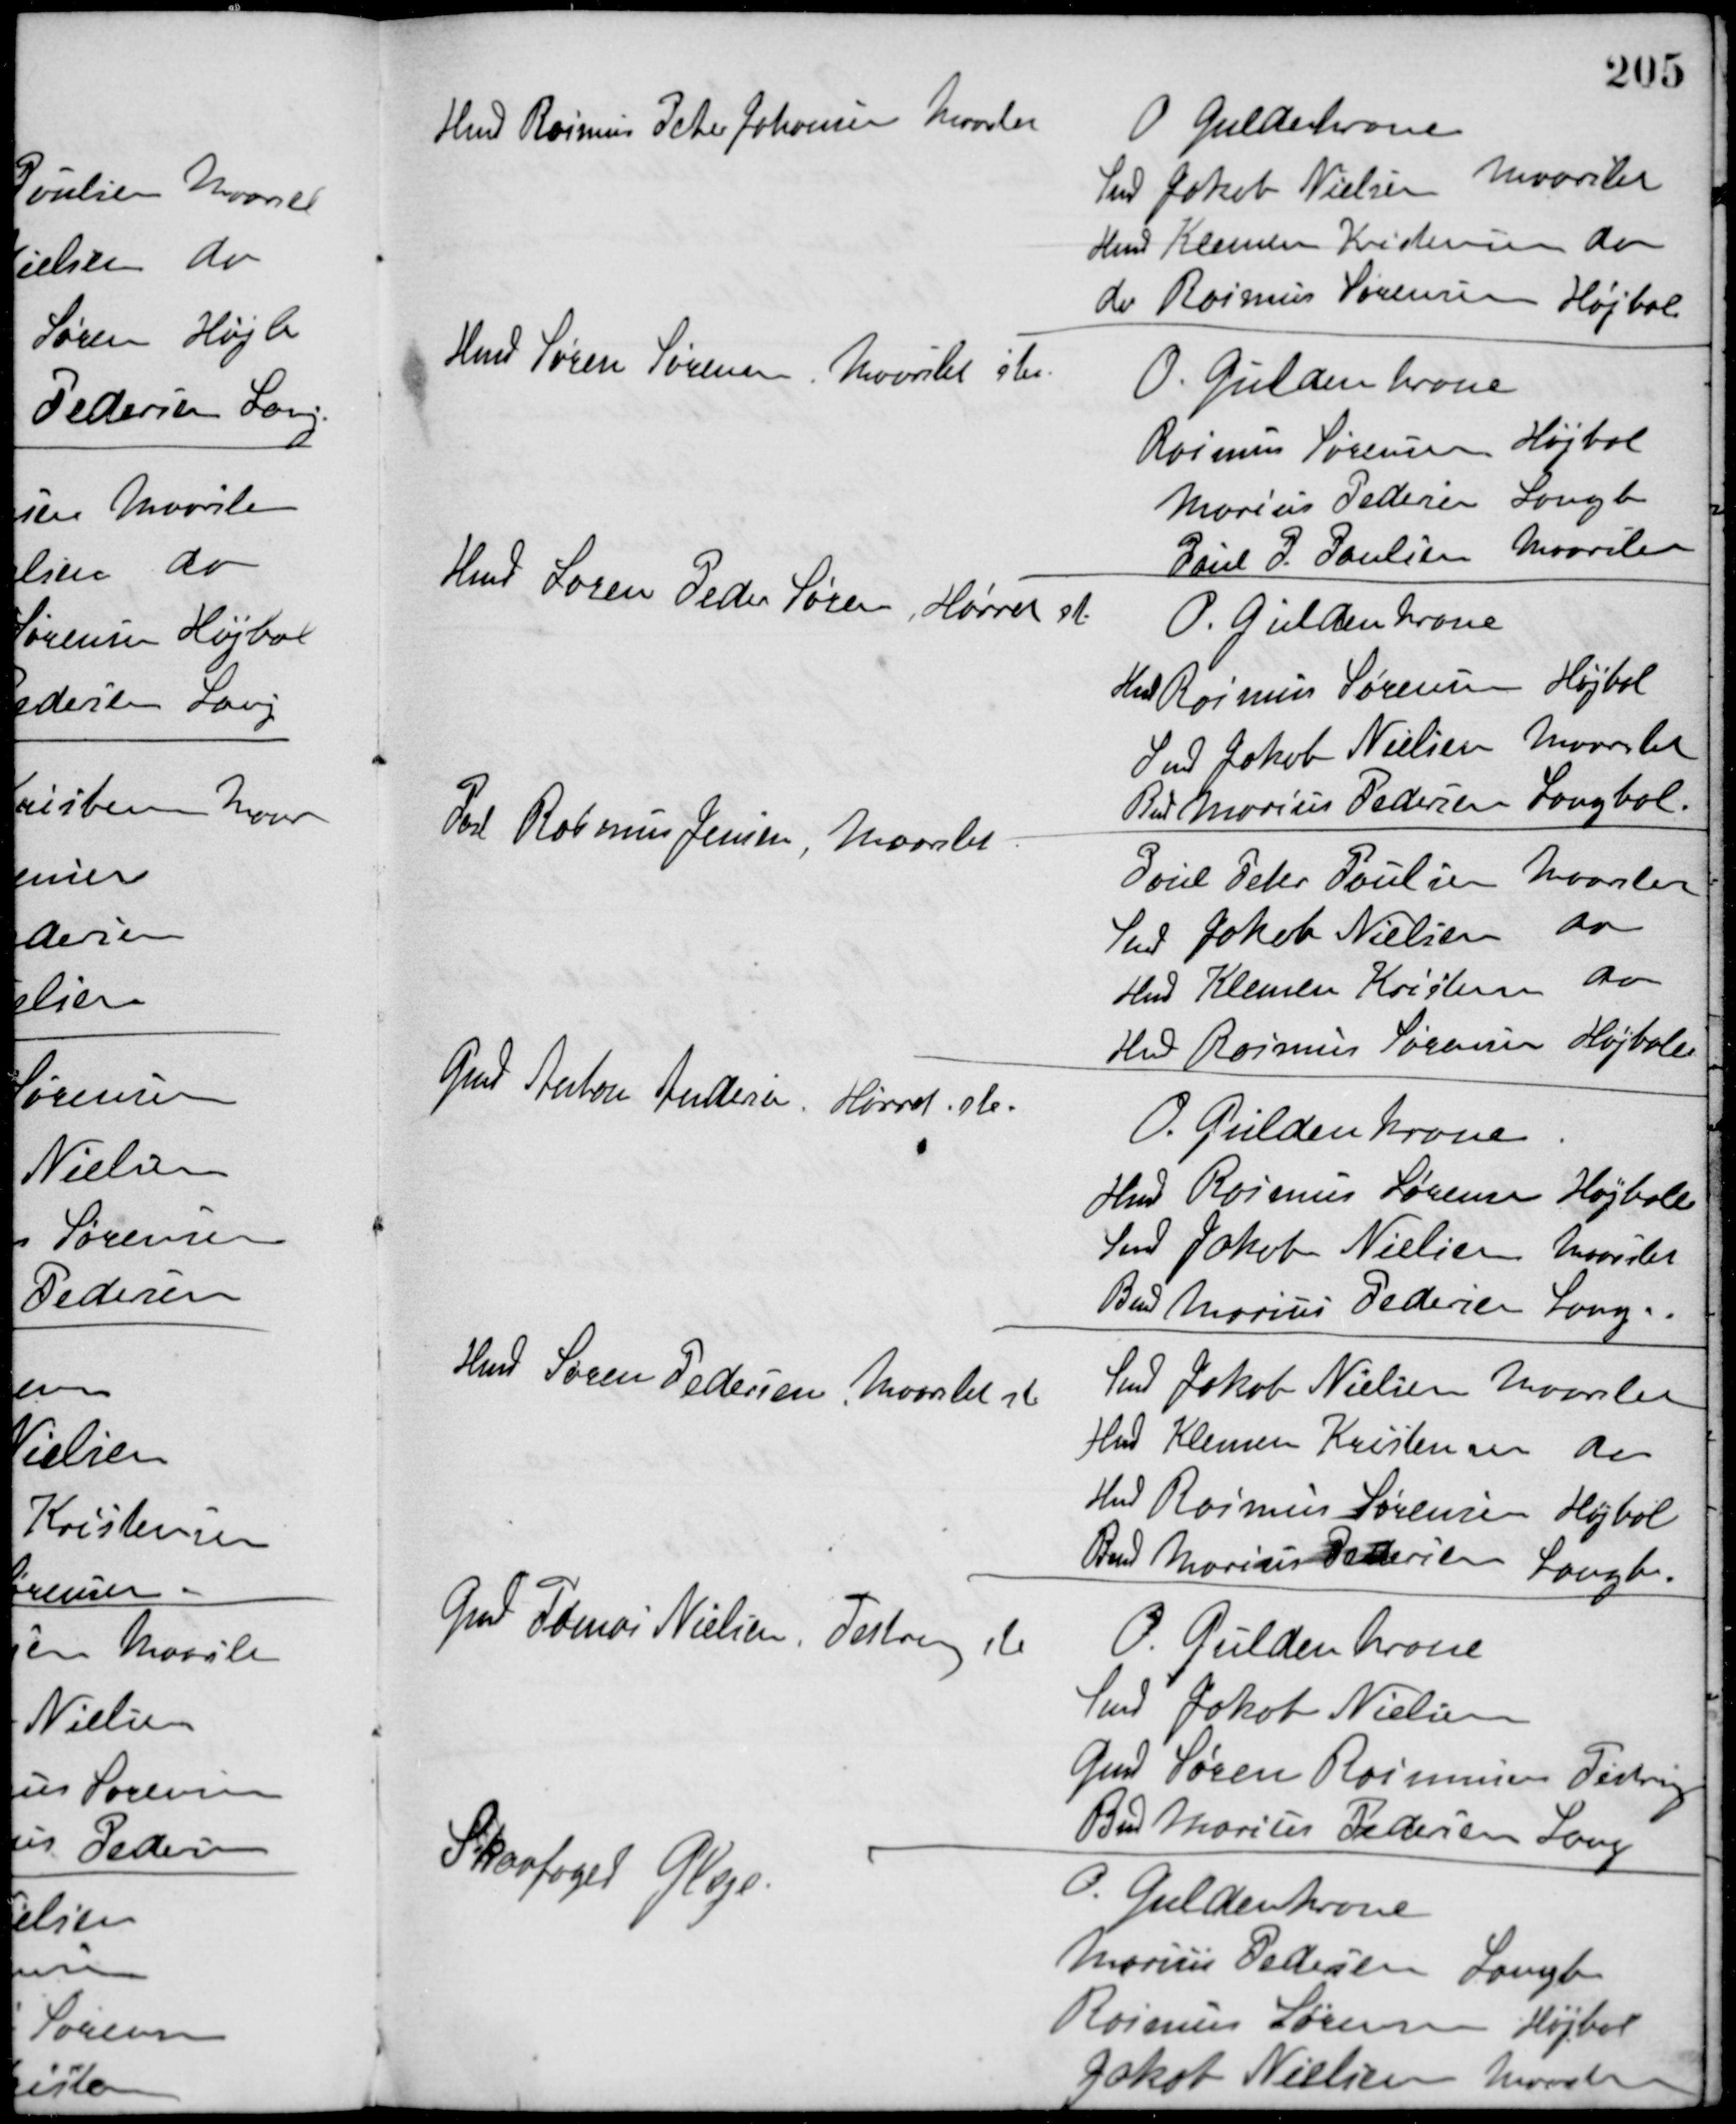
Transskription:
Hmd Rasmus Peter Johansen Maarslet
O. Guldekrone
Smed Jakob Nielsen Maarslet
Hmd. Klemen Kristensen do
do Rasmus Sørensen, Højbal
Hmd Søren Sørensen, Maarslet ste.
O. Güldenkrone
Rasmus Sørensen Højbal
Marius Pedersen Langb
Poul P. Poulsen Maarslet
Hmd Søren Peder Sørensen, Hørret st.
O. Güldenkrone
Hmd Rasmus Sørensen Højbal
Smed Jakob Nielsen Maarslet
Bmd Marius Pedersen Langbal
Post Rasmus Jensen, Maarslet
Poul Peter Poulsen Maarslet
Smed Jakob Nielsen do
Hmd Klemen Kristensen do
Hmd Rasmus Sørensen Højballe
Gmd Anton Andersen, Hørret ste.
O. Güldenkrone
Hmd Rasmus Sørensen Højballe
Smed Jakob Nielsen Maarslet
Bmd Marius Pedersen Langb
Hmd Søren Pedersen, Maarslet st
Smed Jakob Nielsen Maarslet
Hmd Klemen Kristensen do
Hmd Rasmus Sørensen Højbal
Bmd Marius Pedersen Langb
Gmd Tomas Nielsen, Testrup ste
O. Güldenkrone
Smed Jakob Nielsen
Gmd Søren Rasmussen Testrup
Bmd Marius Pedersen Lang
Skovfoged Gleje
O. Guldenkrone
Marius Pedersen Langb
Rasmus Sørensen Højbal
Jakob Nielsen Maarslet